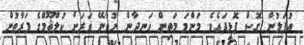
އުފަލުން ގޮސް ފޮޅިފައެވެ. މަންމަ މަތިން ހަނދާން ނުވާނޭ ވަރަށް ކުލްޘޫމްގެ ފަރާތުން